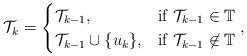
LaTeX: \begin{align*} \mathcal{T}_k&=\begin{cases} \mathcal{T}_{k-1},& \mbox{if } \mathcal{T}_{k-1}\in \mathbb{T}\\ \mathcal{T}_{k-1}\cup\{u_k\},& \mbox{if } \mathcal{T}_{k-1}\not\in \mathbb{T} \end{cases},\end{align*}